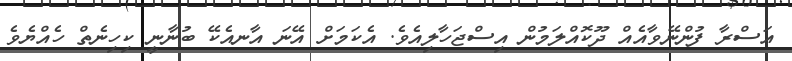
އަސްރާ ފުންނޭވާއެއް ދޫކޮއްލަމުން އިސްޖަހާލިއެވެ. އެކަމަށް އޭނަ އާނއެކޭ ބުނާނީ ކިހިނެތް ހެއްޔެވެ